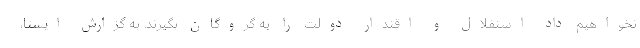
نخواهیم داد استقلال و اقتدار دولت را به گروگان بگیرند. به گزارش ایسنا،